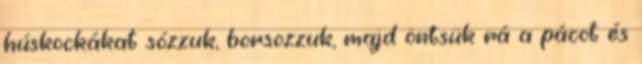
húskockákat sózzuk, borsozzuk, majd öntsük rá a pácot és